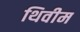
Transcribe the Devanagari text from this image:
थिवीम